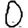
Digit: 0